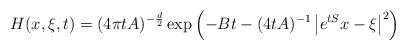
\begin{align*} H(x,\xi,t)=(4\pi t A)^{-\frac{d}{2}}\exp\left(-Bt-(4tA)^{-1}\left|e^{tS}x-\xi\right|^2\right)\end{align*}